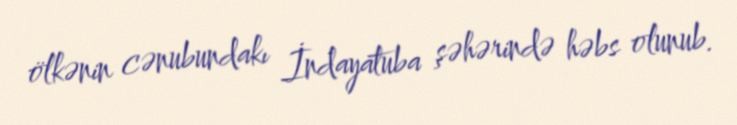
ölkənin cənubundakı İndayatuba şəhərində həbs olunub.